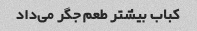
کباب بیشتر طعم جگر می‌داد